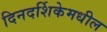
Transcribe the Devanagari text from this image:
दिनदर्शिकेमधील